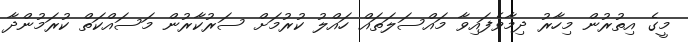
މީގެ އިތުރުން މިހާރު ދިމާވެފައިވާ މައްސަލަތައް ހައްލު ކުރުމަށް ސަރުކާރުން މަސައްކަތް ކުރަމުންދާ